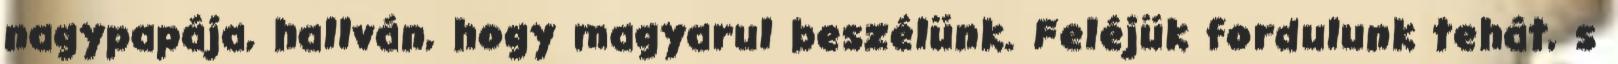
nagypapája, hallván, hogy magyarul beszélünk. Feléjük fordulunk tehát, s